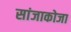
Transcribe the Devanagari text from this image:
सांजाकोजा